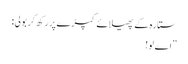
ستارہ کے پھیلائے کپڑے پر رکھ کر بولی:
”اے لو!